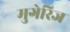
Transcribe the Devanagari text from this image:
मुगेरिज